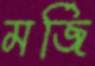
মর্জি